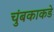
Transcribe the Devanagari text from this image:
चुंबकाकडे